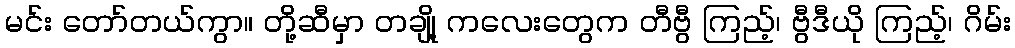
မင်း တော်တယ်ကွာ။ တို့ဆီမှာ တချို့ ကလေးတွေက တီဗွီ ကြည့်၊ ဗွီဒီယို ကြည့်၊ ဂိမ်း